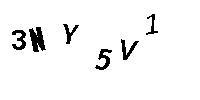
3NY5V1